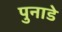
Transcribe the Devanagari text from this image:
पुनाडे